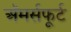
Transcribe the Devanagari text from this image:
अॅमर्सफूर्ट